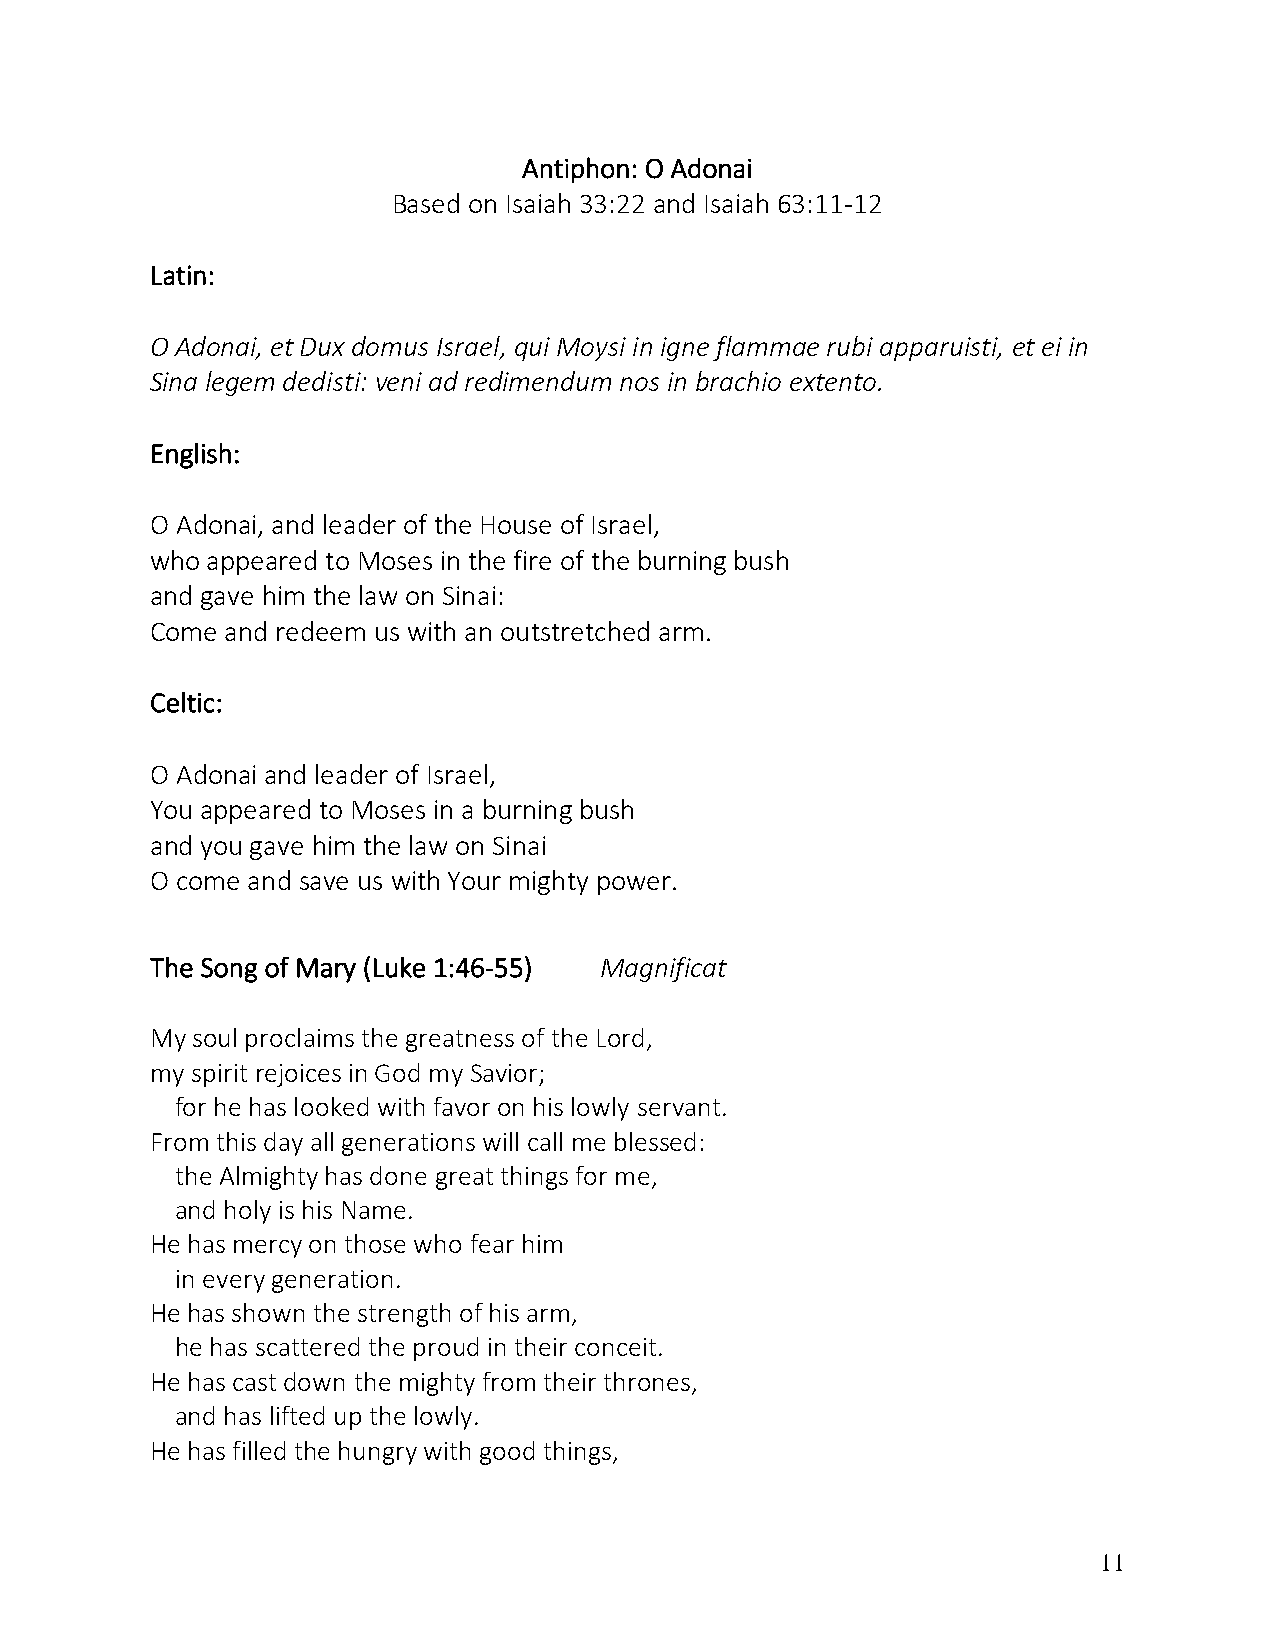
Antiphon: O Adonai
 Based on Isaiah 33:22 and Isaiah 63:11-12
 Latin:
 O Adonai, et Dux domus Israel, qui Moysi in igne flammae rubi apparuisti, et ei in
 Sina legem dedisti: veni ad redimendum nos in brachio extento.
 English:
 O Adonai, and leader of the House of Israel,
 who appeared to Moses in the fire of the burning bush
 and gave him the law on Sinai:
 Come and redeem us with an outstretched arm.
 Celtic:
 O Adonai and leader of Israel,
 You appeared to Moses in a burning bush
 and you gave him the law on Sinai
 O come and save us with Your mighty power.
 The Song of Mary (Luke 1:46-55) Magnificat
 My soul proclaims the greatness of the Lord,
 my spirit rejoices in God my Savior;
 for he has looked with favor on his lowly servant.
 From this day all generations will call me blessed:
 the Almighty has done great things for me,
 and holy is his Name.
 He has mercy on those who fear him
 in every generation.
 He has shown the strength of his arm,
 he has scattered the proud in their conceit.
 He has cast down the mighty from their thrones,
 and has lifted up the lowly.
 He has filled the hungry with good things,
 11